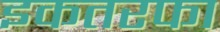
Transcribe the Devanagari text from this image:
इकतरफा